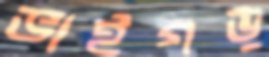
ভাইগড়